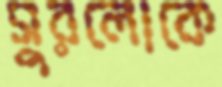
সুরলোকে